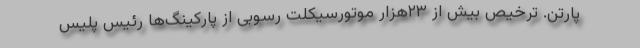
پارتن. ترخیص بیش از ۲۳هزار موتورسیکلت رسوبی از پارکینگ‌ها رئیس پلیس